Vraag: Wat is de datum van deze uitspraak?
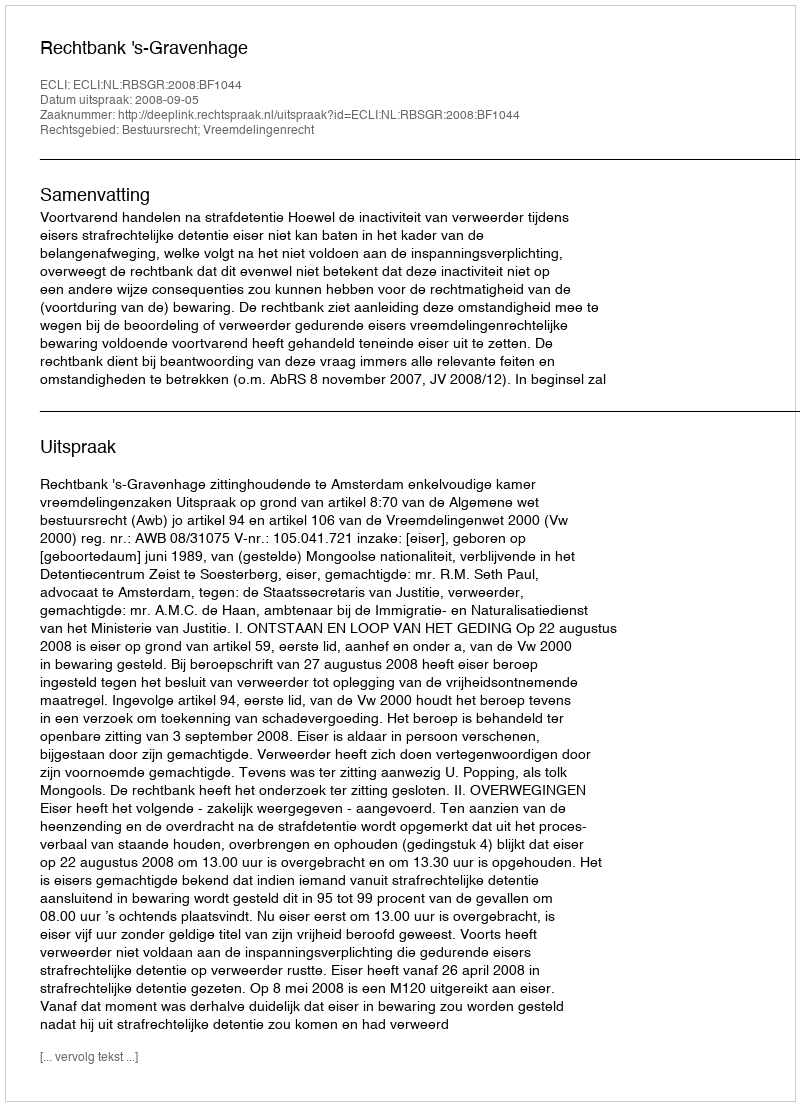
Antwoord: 2008-09-05